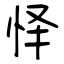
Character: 怿